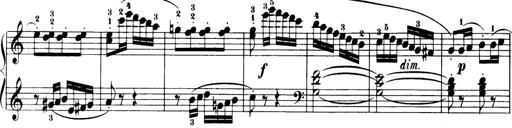
Title: 32 Sonatinas and Rondos for the Piano
Composer: Richard Kleinmichel